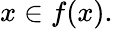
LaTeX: x\in f(x).